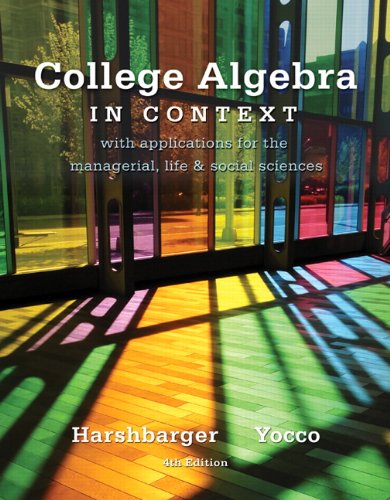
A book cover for College Algebra in Context (4th Edition); Ronald J. Harshbarger; Science & Math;